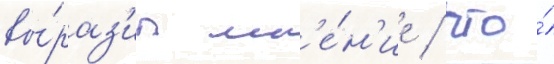
вы́раз'ил мн'е́н'ие / что́